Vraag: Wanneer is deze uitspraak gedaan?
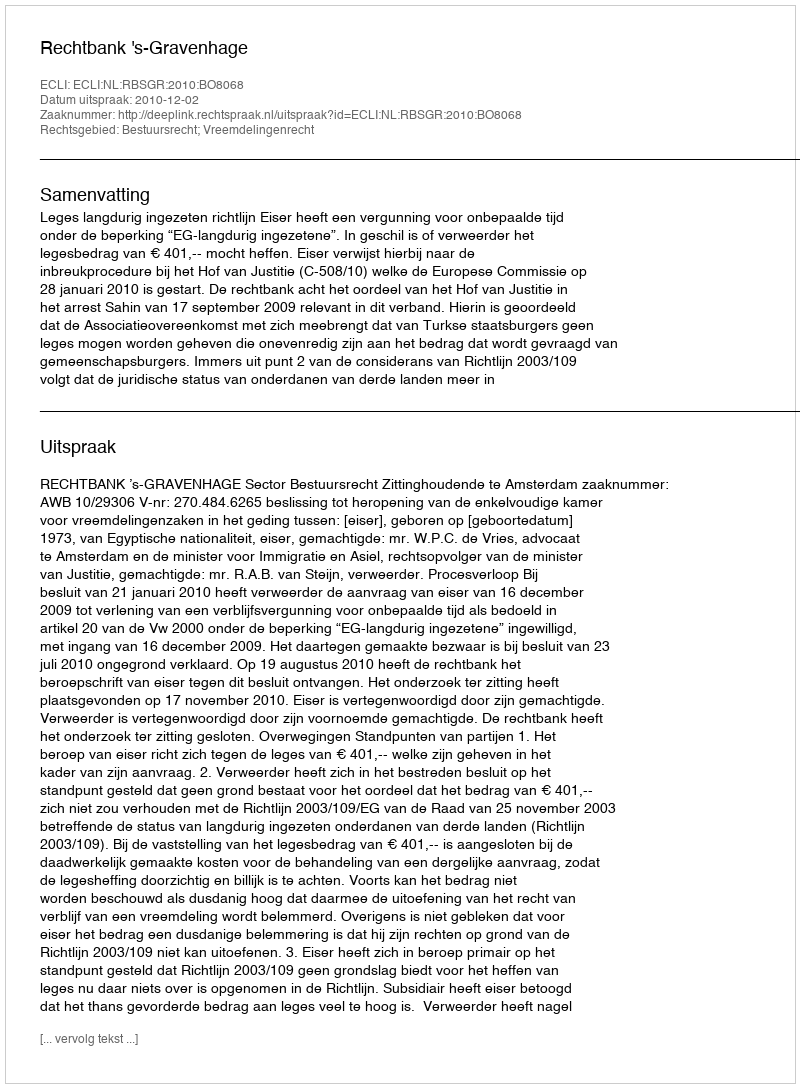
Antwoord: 2010-12-02